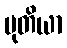
မုတိယာ